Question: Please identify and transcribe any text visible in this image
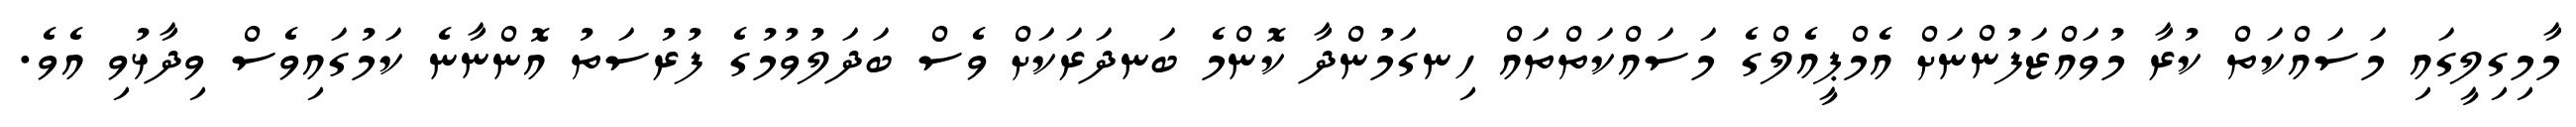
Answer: މާމިގިލީގައި މަސައްކަތް ކުރާ މުވައްޒަފުންނަށް އެމްޕީއެލްގެ މަސައްކަތްތައް ހިނގަމުންދާ ކޮންމެ ބަނދަރަކަށް ވެސް ބަދަލުވުމުގެ ފުރުސަތު އޮންނާނެ ކަމުގައިވެސް ވިދާޅުވި އެވެ.